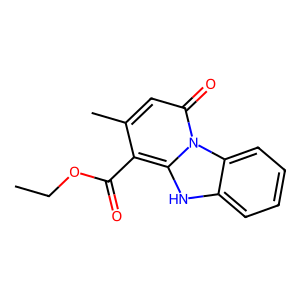
SMILES: CCOC(=O)c1c(C)cc(=O)n2c1[nH]c1ccccc12
Inhibits HIV replication: No